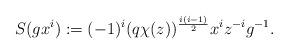
LaTeX: \begin{align*}S(gx^i) := (-1)^i(q\chi(z))^{\frac{i(i-1)}{2}}x^iz^{-i}g^{-1}.\end{align*}